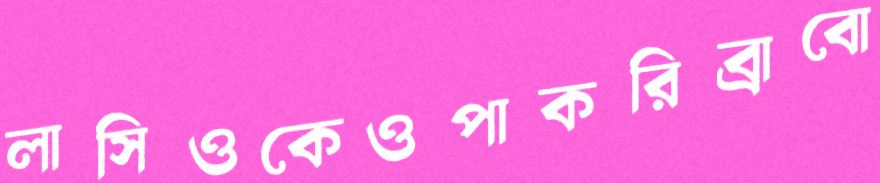
লাসিওকেওপাকরিব্রাবো